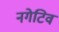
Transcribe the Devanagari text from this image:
नगेटिव